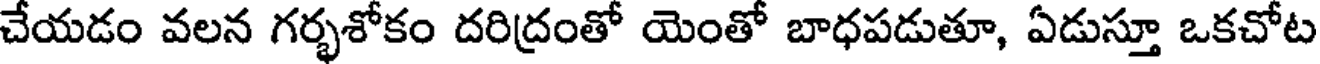
చేయడం వలన గర్భశోకం దరిద్రంతో యెంతో బాధపడుతూ, ఏడుస్తూ ఒకచోట